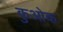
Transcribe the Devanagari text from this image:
कुओक